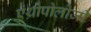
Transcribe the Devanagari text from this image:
एंथ्रोपोलोजी